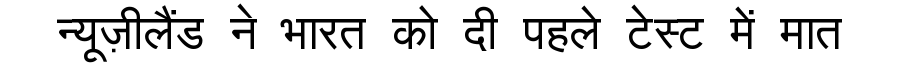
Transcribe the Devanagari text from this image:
न्यूज़ीलैंड ने भारत को दी पहले टेस्ट में मात